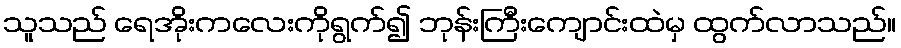
သူသည် ရေအိုးကလေးကိုရွက်၍ ဘုန်းကြီးကျောင်းထဲမှ ထွက်လာသည်။